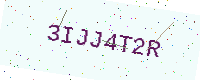
Text: 3IJJ4T2R